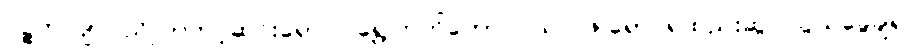
ပဉ္စကလျာ၊ ညိုပြာတင့်ဆင်းရောင်၊ ရွှေကြက်တောင်ဝယ်၊ ဖြူရောင်ရထည်းဆွ၊ သွယ်ခွေချ၍၊